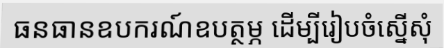
ធនធានឧបករណ៍ឧបត្ថម្ភ ដើម្បីរៀបចំស្នើសុំ